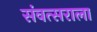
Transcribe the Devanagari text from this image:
संवत्सराला